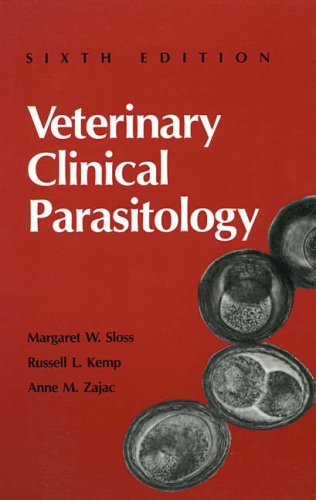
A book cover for Veterinary Clinical Parasitology; Margaret W. Sloss; Medical Books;